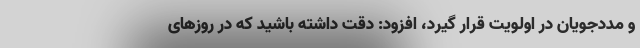
و مددجویان در اولویت قرار گیرد، افزود: دقت داشته باشید که در روزهای